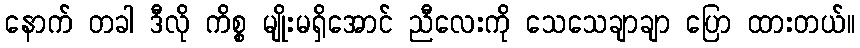
နောက် တခါ ဒီလို ကိစ္စ မျိုးမရှိအောင် ညီလေးကို သေသေချာချာ ပြော ထားတယ်။